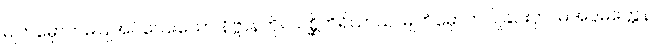
မျက်မှောကမပြုအပ်သေးသော နိဗ္ဗာန်ကို။ သစ္ဆိကိရိယာယ၊ မျက်မှောက်ပြုခြင်းငှာ။ မအပ္ပမတ္တေန၊